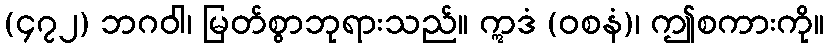
(၄၇၂) ဘဂဝါ၊ မြတ်စွာဘုရားသည်။ ဣဒံ (ဝစနံ)၊ ဤစကားကို။